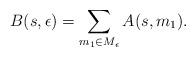
LaTeX: \begin{align*}B(s,\epsilon) = \sum_{m_1\in M_{\epsilon}}A(s,m_1). \end{align*}